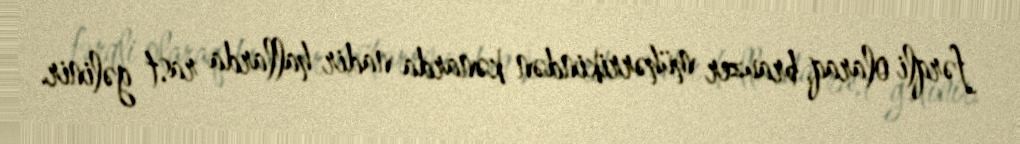
fərqli olaraq, brauzer mühərrikindən kənarda nadir hallarda rast gəlinir.